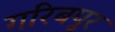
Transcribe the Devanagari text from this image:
गरिबपुर